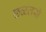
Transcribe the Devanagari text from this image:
छळतसे